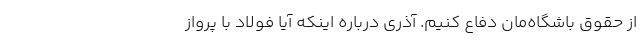
از حقوق باشگاه‌مان دفاع کنیم. آذری درباره اینکه آیا فولاد با پرواز